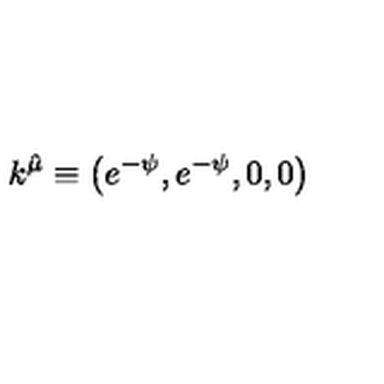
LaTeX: k ^ { \hat { \mu } } \equiv \left( e ^ { - \psi } , e ^ { - \psi } , 0 , 0 \right)